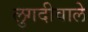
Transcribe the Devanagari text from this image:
लुगदीवाले